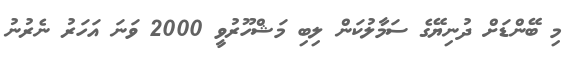
މި ބޭންޑަށް ދުނިޔޭގެ ސަމާލުކަން ލިބި މަޝްހޫރުވީ 2000 ވަނަ އަހަރު ނެރުނު